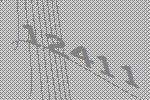
12411